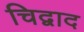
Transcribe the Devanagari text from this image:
चिद्वाद